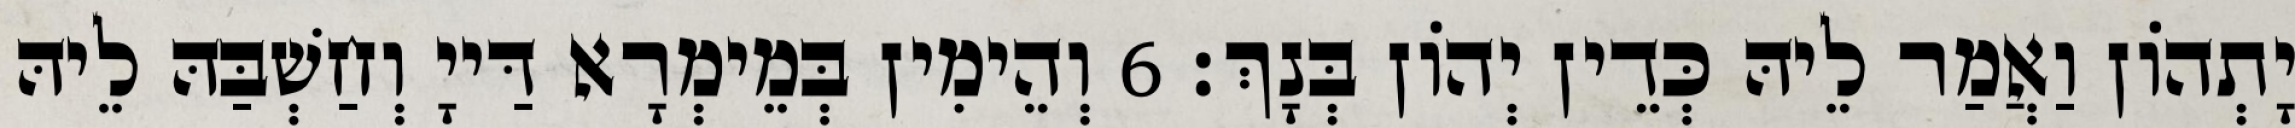
יָתְהוֹן וַאֲמַר לֵיהּ כְּדֵין יְהוֹן בְּנָךְ׃ 6 וְהֵימִין בְּמֵימְרָא דַּייָ וְחַשְׁבַּהּ לֵיהּ